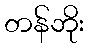
တန်ဘိုး